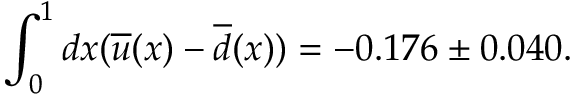
\int _ { 0 } ^ { 1 } d x ( \overline { { { u } } } ( x ) - \overline { { { d } } } ( x ) ) = - 0 . 1 7 6 \pm 0 . 0 4 0 .